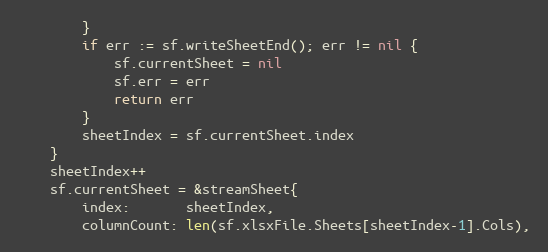
Language: Go
		}
		if err := sf.writeSheetEnd(); err != nil {
			sf.currentSheet = nil
			sf.err = err
			return err
		}
		sheetIndex = sf.currentSheet.index
	}
	sheetIndex++
	sf.currentSheet = &streamSheet{
		index:       sheetIndex,
		columnCount: len(sf.xlsxFile.Sheets[sheetIndex-1].Cols),